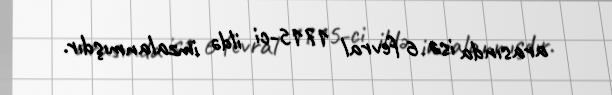
arasında isə 6 fevral 1715-ci ildə imzalanmışdır.